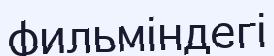
фильміндегі